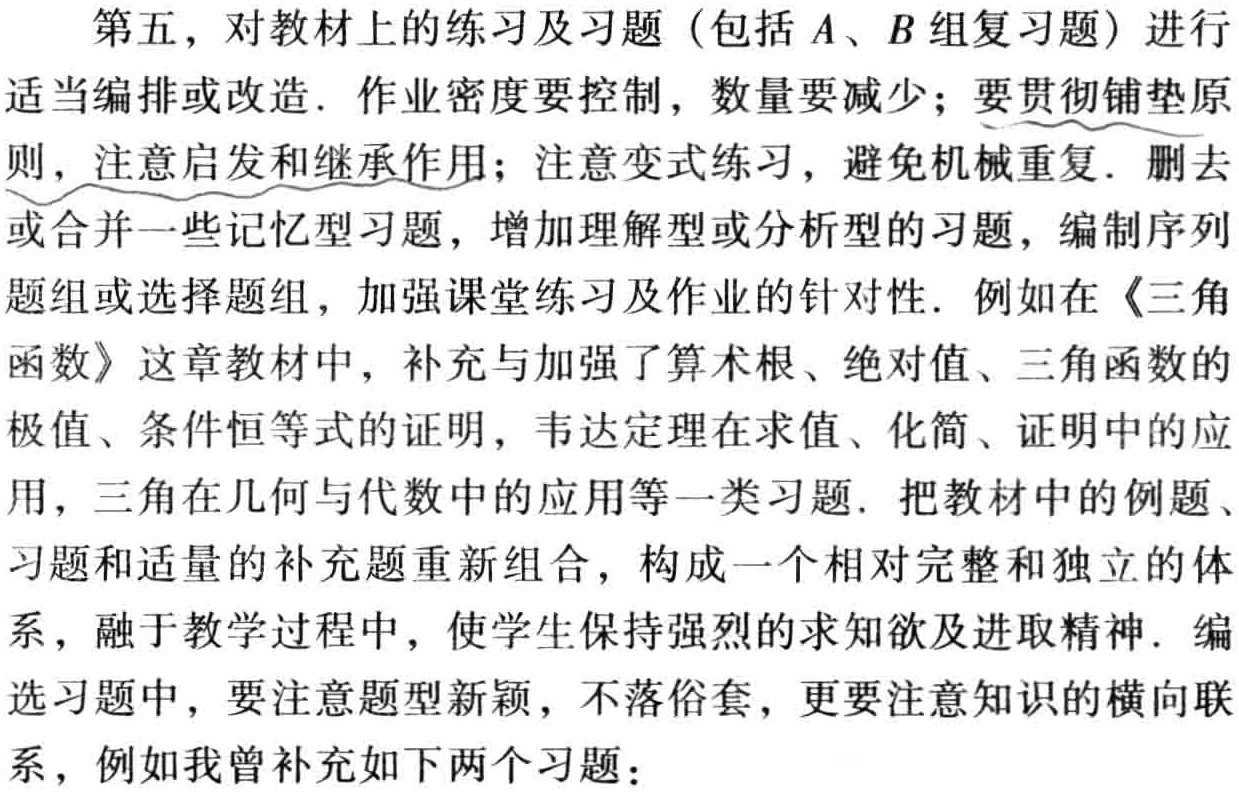
第五，对教材上的练习及习题（包括\(A\)、\(B\)组复习题）进行
适当编排或改造. 作业密度要控制，数量要减少；要贯彻铺垫原
则，注意启发和继承作用；注意变式练习，避免机械重复. 删去
或合并一些记忆型习题，增加理解型或分析型的习题，编制序列
题组或选择题组，加强课堂练习及作业的针对性. 例如在《三角
函数》这章教材中，补充与加强了算术根、绝对值、三角函数的
极值、条件恒等式的证明，韦达定理在求值、化简、证明中的应
用，三角在几何与代数中的应用等一类习题. 把教材中的例题、
习题和适量的补充题重新组合，构成一个相对完整和独立的体
系，融于教学过程中，使学生保持强烈的求知欲及进取精神. 编
选习题中，要注意题型新颖，不落俗套，更要注意知识的横向联
系，例如我曾补充如下两个习题：